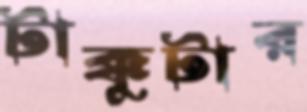
টাক্কুটার